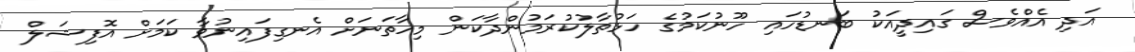
އަދި އެއްވެސް ގައިދީއަކު ބަނޑުހައި ހޫނުކަމުގެ ހަޅުތާލުކުރަމުންދާކަން މިހާތަނަށް އެނގިފައިނުވާ ކަމަށް އޮފިޝަލް